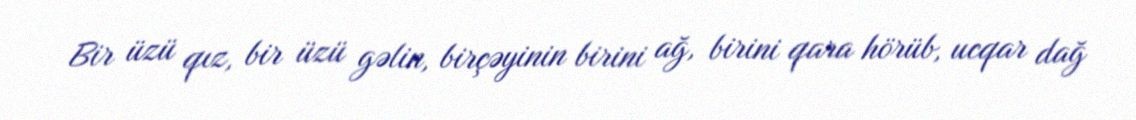
Bir üzü qız, bir üzü gəlin, birçəyinin birini ağ, birini qara hörüb, ucqar dağ